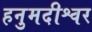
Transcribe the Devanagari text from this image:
हनुमदीश्वर